Report of the King Institute of Preventive Medicine, Guindy
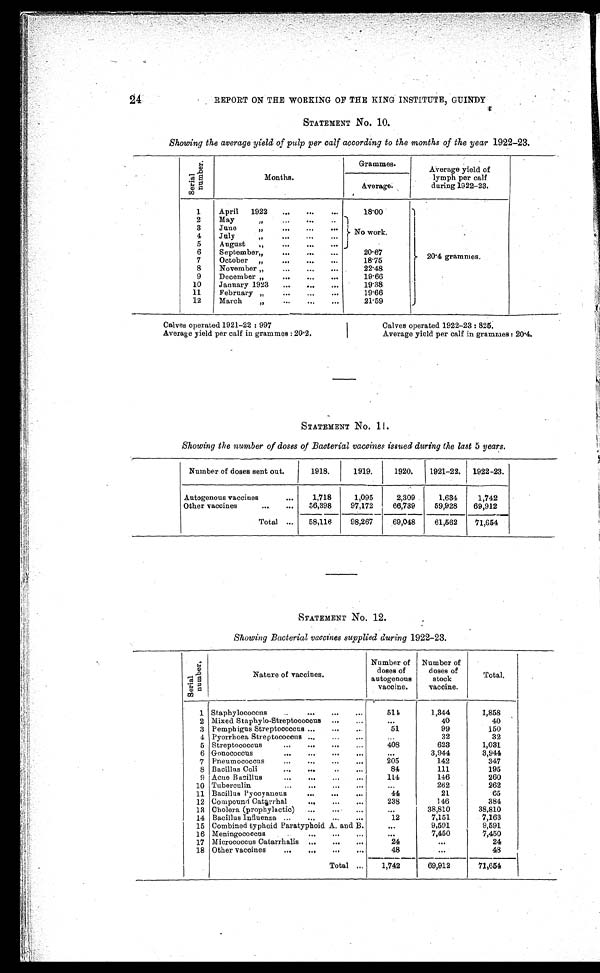
24
REPORT ON THE WORKING OF THE KING INSTITUTE, GUINDY
STATEMENT NO. 10.
Showing the average yield of pulp per calf according to the months of the year 1922-23.
S e r i a l N u m b e r .
Months.
Grammes.
Average yield of
lymph per calf
during 1922-23.
Average .
1
April
1922
. . .
18.00
2 0 . 4 g r a m m e s .
2
May " . . .
No work.
3
June " . . .
4
July " . . .
5
August " . . .
6
September " . . .
20.67
7
October " . . .
18.75
8
November " . . .
22.48
9
December " . . .
19.66
10
January 1923 . . .
19.38
11
February " . . .
1 9 . 6 6
12
M a r c h " . . .
21.59
Calves operated 1921-22 : 997
Average yield per calf in grammes : 20.2.
Calves operated 1922-23 : 825.
Average yield per calf in grammes : 20.4.
STATEMENT No. 11.
Showing the number of doses of Bacterial vaccines issued during the last 5 years.
Number of doses sent out.
1918.
1919.
1920.
1921-22.
1922-23.
Autogenous vaccines . . .
1,718
1,095
2,309
1,634
1,742
Other vaccines . . .
56,398
97,172
66,739
59,928
69,912
Total . . .
58,116
98,267
69,048
61,562
71,654
STATEMENT No. 12.
Showing Bacterial vaccines supplied during 1922-23.
S e r i a l N u m b e r .
Nature of vaccines.
Number of
doses of
autogenous
vaccine.
Number of
doses of
stock
vaccine.
Total.
1 Staphylococcus . . .
5 1 4
1,344
1,858
2 Mixed Staphylo-Streptococcus . . .
. . .
40
40
3 Pemphigus Streptococcus . . .
51
99
150
4 Pyorrhoea Streptococcus . . .
. . .
32
32
5 Streptococcus . . .
408
623
1,031
6 Gonococcus . . .
. . .
3,944
3,944
7
Pneumococcus . . .
205
142
347
8 Bacillus Coli . . .
84
111
195
9 Acne Bacillus . . .
114
146
260
10 Tuberculin . . .
. . .
262
262
11 Bacillus Pyocyaneus . . .
44
21
65
12 Compound Catarrhal . . .
238
146
384
13 Cholera (prophylactic) . . .
. . .
38,810
38,810
14 Bacillus Influenza . . .
12
7,151
7,163
15 Combined typhoid Paratyphoid A. and B. . . .
. . .
9,501
9,591
16 Meningococcus . . .
. . .
7,450
7,450
17 Micrococcus Catarrhalis . . .
24
. . .
24
18 Other vaccines . . .
4 8
. . .
48
Total . . .
1,742
69,912
71,654